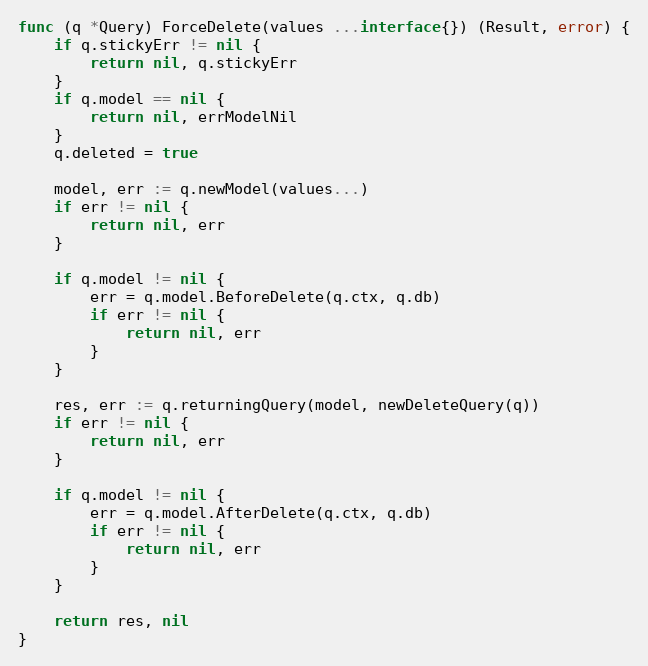
Language: Go
func (q *Query) ForceDelete(values ...interface{}) (Result, error) {
	if q.stickyErr != nil {
		return nil, q.stickyErr
	}
	if q.model == nil {
		return nil, errModelNil
	}
	q.deleted = true

	model, err := q.newModel(values...)
	if err != nil {
		return nil, err
	}

	if q.model != nil {
		err = q.model.BeforeDelete(q.ctx, q.db)
		if err != nil {
			return nil, err
		}
	}

	res, err := q.returningQuery(model, newDeleteQuery(q))
	if err != nil {
		return nil, err
	}

	if q.model != nil {
		err = q.model.AfterDelete(q.ctx, q.db)
		if err != nil {
			return nil, err
		}
	}

	return res, nil
}